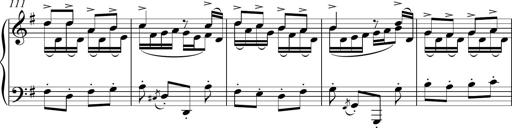
Title: Sonatina del HuÃ©car
Composer: JosÃ© Miguel Moreno Sabio